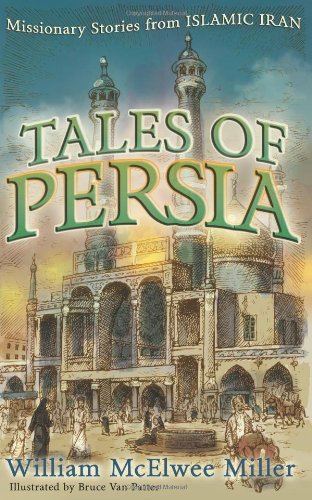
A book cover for Tales Of Persia: Missionary Stories From Islamic Iran; William McElwee Miller; Teen & Young Adult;